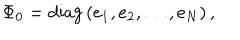
\Phi _ { 0 } = \mathrm { d i a g } \, ( e _ { 1 } , e _ { 2 } , \ldots , e _ { N } ) \, ,